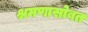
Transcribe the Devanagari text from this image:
श्रमणासोबत